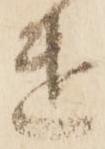
遣